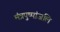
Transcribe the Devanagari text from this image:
मंत्रपुष्पांजलि